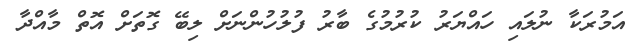
އަމުރަކާ ނުލައި ހައްޔަރު ކުރުމުގެ ބާރު ފުލުހުންނަށް ލިބޭ ގޮތަށް އޮތް މާއްދާ